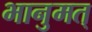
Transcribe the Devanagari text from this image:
भानुमत्